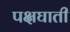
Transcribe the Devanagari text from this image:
पक्षघाती